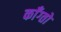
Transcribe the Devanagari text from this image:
काँग्तो